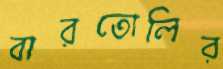
বারতোলির